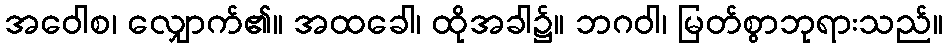
အဝေါစ၊ လျှောက်၏။ အထခေါ၊ ထိုအခါ၌။ ဘဂဝါ၊ မြတ်စွာဘုရားသည်။